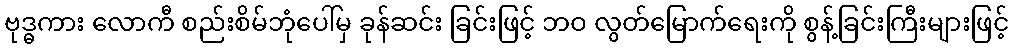
ဗုဒ္ဓကား လောကီ စည်းစိမ်ဘုံပေါ်မှ ခုန်ဆင်း ခြင်းဖြင့် ဘဝ လွတ်မြောက်ရေးကို စွန့်ခြင်းကြီးများဖြင့်